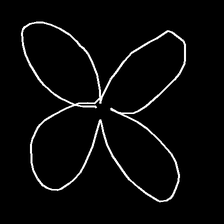
Glyph: billowing